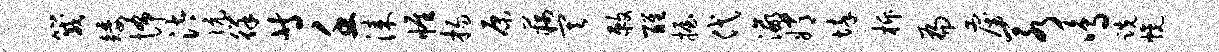
箴矮怖汰伉徉等壬漆帷扬原藕其敕醒握代瀛嫦悴柝扁雇若鸣跣幌